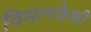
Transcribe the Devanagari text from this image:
विमानफेकी